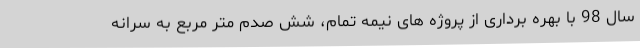
سال 98 با بهره برداری از پروژه های نیمه تمام، شش صدم متر مربع به سرانه